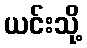
ယင်းသို့